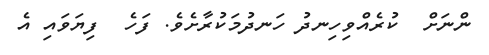
ންނަށް  ކުރެއްވިހިނދު ހަނދުމަކުރާށެވެ. ފަހެ  ފިޔަވައި އެ